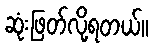
ဆုံးဖြတ်လို့ရတယ်။